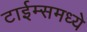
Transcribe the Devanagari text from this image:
टाईम्समध्ये